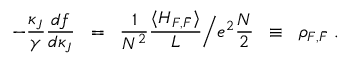
- \frac { \kappa _ { J } } { \gamma } \frac { d f } { d \kappa _ { J } } \; \; = \; \; \frac { 1 } { N ^ { 2 } } \frac { \langle H _ { F , \bar { F } } \rangle } { L } \Big / e ^ { 2 } \frac { N } { 2 } \; \; \equiv \; \; \rho _ { F , \bar { F } } \; .